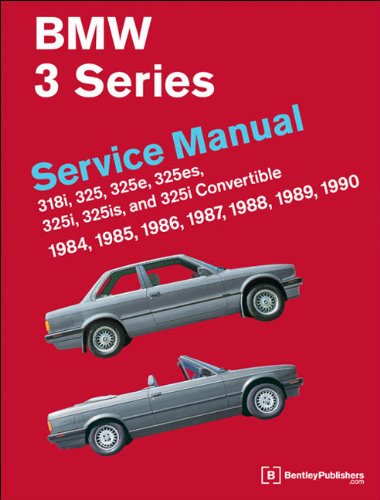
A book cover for BMW 3 Series Service Manual 1984-1990; Bentley Publishers; Engineering & Transportation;